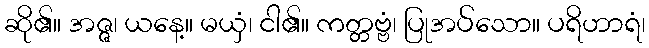
ဆို၏။ အဇ္ဇ၊ ယနေ့။ မယှံ၊ ငါ၏။ ကတ္တဗ္ဗံ၊ ပြုအပ်သော။ ပရိဟာရံ၊